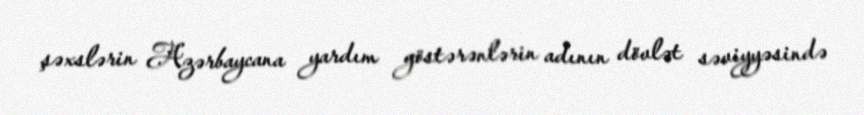
şəxslərin Azərbaycana yardım göstərənlərin adının dövlət səviyyəsində